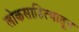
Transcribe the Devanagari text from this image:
लोकसाहित्यातून